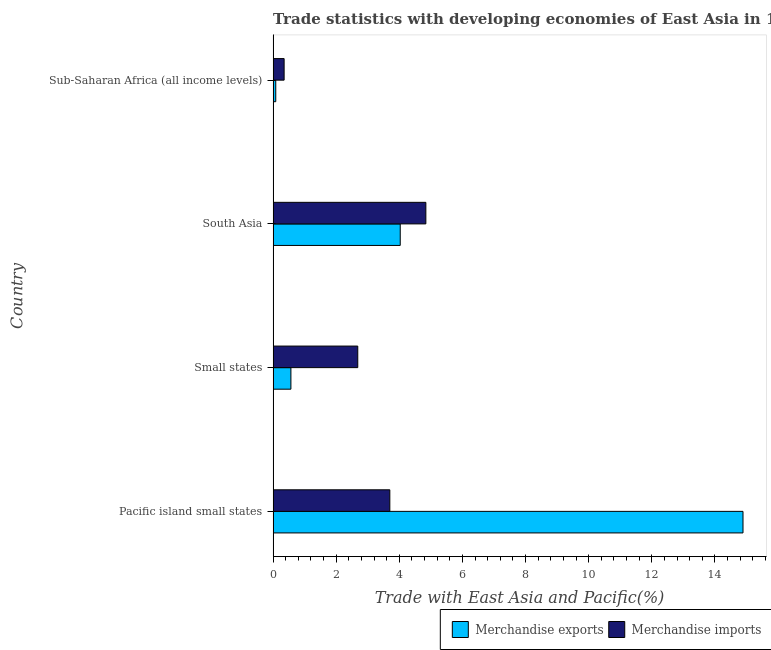
| Country | Merchandise exports | Merchandise imports |
 | --- | --- | --- |
 | Pacific island small states | 14.9 | 3.7 |
 | Small states | 0.564 | 2.68 |
 | South Asia | 4.03 | 4.84 |
 | Sub-Saharan Africa (all income levels) | 0.0838 | 0.349 |